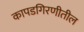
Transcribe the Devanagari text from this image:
कापडगिरणीतील